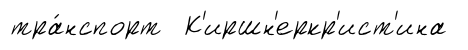
тра́нспорт К'иршн'еркр'ист'ина